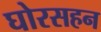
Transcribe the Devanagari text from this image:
घोरसहन